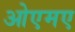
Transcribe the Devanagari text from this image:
ओएमए